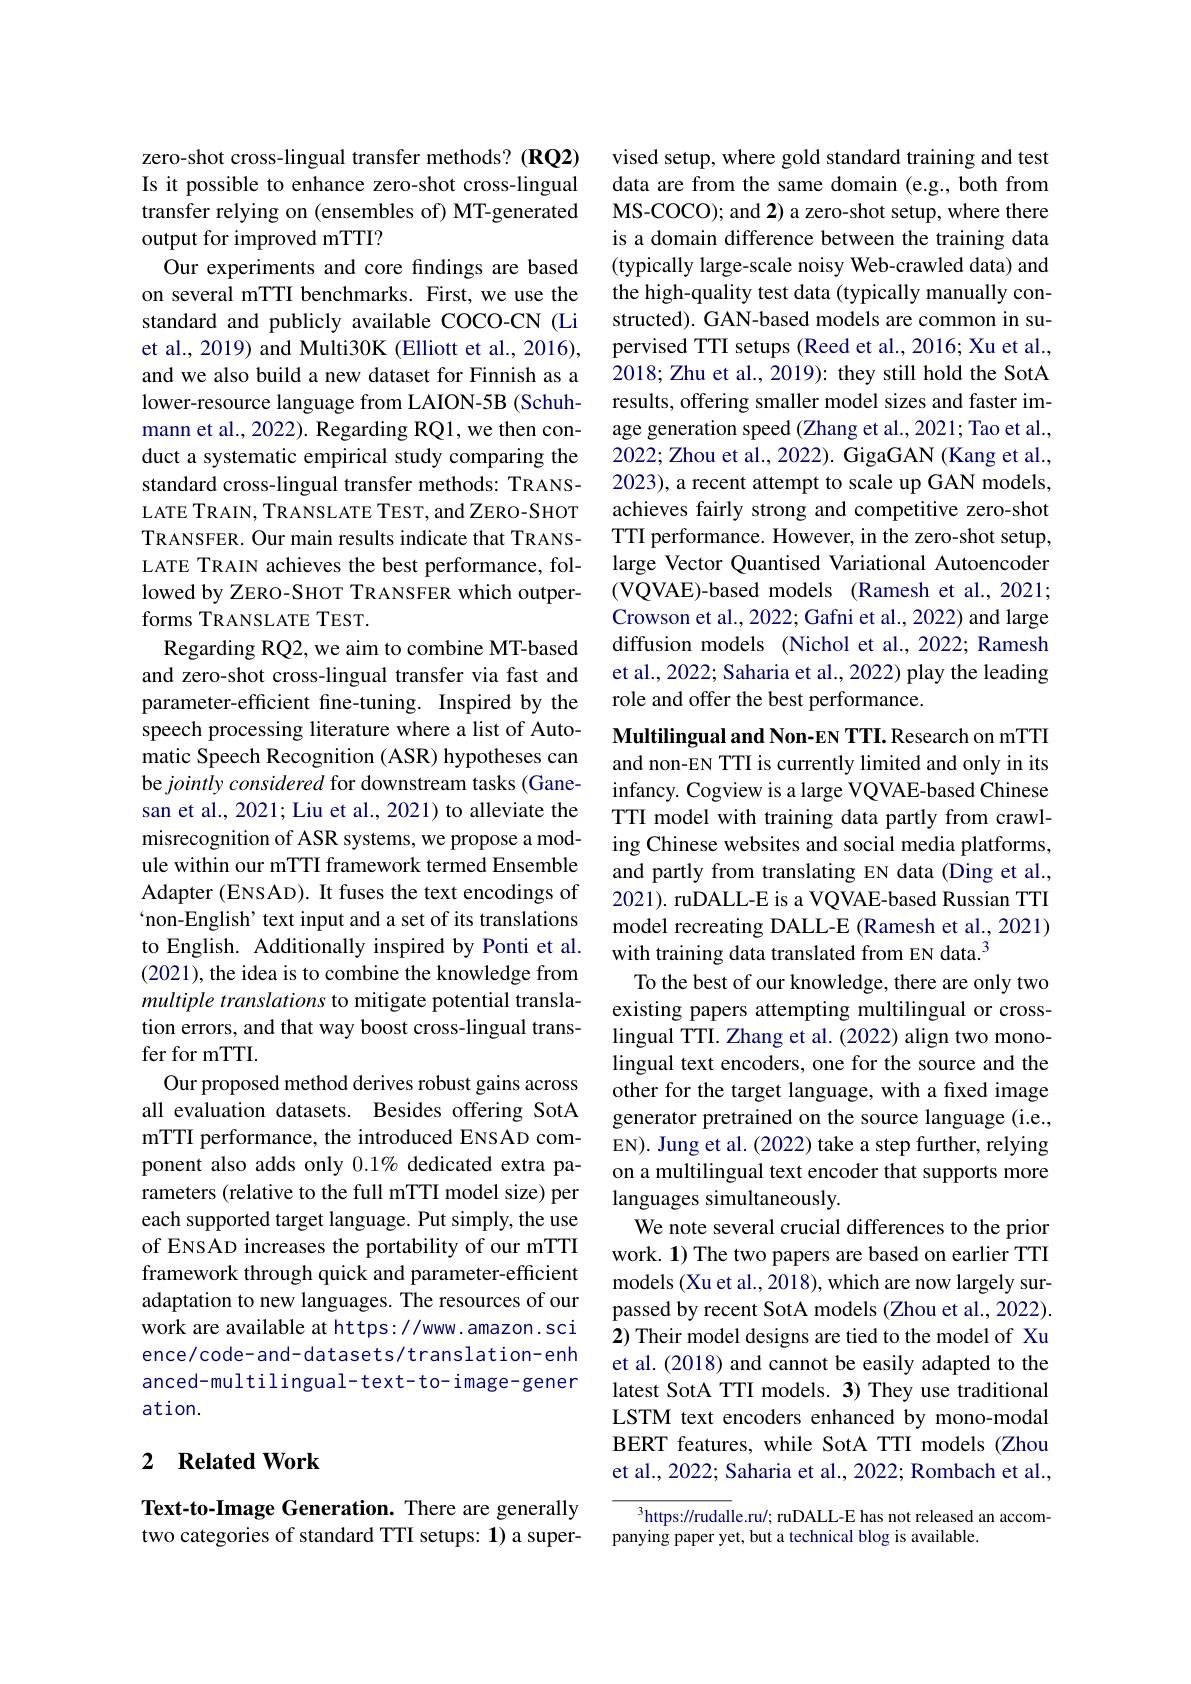
zero-shot cross-lingual transfer methods? (RQ2) Is it possible to enhance zero-shot cross-lingual transfer relying on (ensembles of) MT-generated# output for improved mTTI?

Our experiments and core findings are based on several mTTI benchmarks. First, we use the standard and publicly available COCO-CN (Li et al., 2019) and Multi30K (Elliott et al., 2016), and we also build a new dataset for Finnish as a lower-resource language from LAION-5B (Schuhmann et al., 2022). Regarding RQ1, we then conduct a systematic empirical study comparing the standard cross-lingual transfer methods: TRANSLATE TRAIN, TRANSLATE TEST, and ZERO-SHOT TRANSFER. Our main results indicate that TRANSLATE TRAIN achieves the best performance, followed by ZERO-SHOT TRANSFER which outperforms TRANSLATE TEST.
Regarding RQ2, we aim to combine MT-based and zero-shot cross-lingual transfer via fast and parameter-efficient fine-tuning. Inspired by the speech processing literature where a list of Automatic Speech Recognition (ASR) hypotheses can be $jointly\textit{considered for downstream tasks( Gane- ) }$ san et al., 2021; Liu et al., 2021) to alleviate the misrecognition of ASR systems, we propose a module within our mTTI framework termed Ensemble Adapter (ENSAD). It fuses the text encodings of `non-English' text input and a set of its translations to English. Additionally inspired by Ponti et al. (2021), the idea is to combine the knowledge from multiple translations to mitigate potential translation errors, and that way boost cross-lingual transfer for mTTI.
Our proposed method derives robust gains across all evaluation datasets. Besides offering SotA mTTI performance, the introduced ENSAD component also adds only 0.1% dedicated extra parameters (relative to the full mTTI model size) per each supported target language. Put simply, the use of ENSAD increases the portability of our mTTI framework through quick and parameter-efficient adaptation to new languages. The resources of our work are available at https://www.amazon.sci ence/ code- and- da tasets/ translation- enh anced-multilingual-text-to-image-gener ation.

## 2 $\textbf{Related Work}$

Text-to-Image Generation. There are generally two categories of standard TTI setups: 1) a super-

vised setup, where gold standard training and test data are from the same domain (e.g., both from MS-COCO); and 2) a zero-shot setup, where there is a domain difference between the training data (typically large-scale noisy Web-crawled data) and the high-quality test data (typically manually constructed). GAN-based models are common in supervised TTI setups (Reed et al., 2016; Xu et al., 2018; Zhu et al., 2019): they still hold the SotA results, offering smaller model sizes and faster image generation speed (Zhang et al., 2021; Tao et al., 2022; Zhou et al., 2022). GigaGAN (Kang et al., 2023), a recent attempt to scale up GAN models, achieves fairly strong and competitive zero-shot TTI performance. However, in the zero-shot setup, large Vector Quantised Variational Autoencoder (VQVAE)-based models (Ramesh et al., 2021; Crowson et al., 2022; Gafni et al., 2022) and large diffusion models (Nichol et al., 2022; Ramesh et al., 2022; Saharia et al., 2022) play the leading role and offer the best performance.

Multilingual and Non-EN TTI. Research on mTTI and non-EN TTI is currently limited and only in its infancy. Cogview is a large VQVAE-based Chinese TTI model with training data partly from crawling Chinese websites and social media platforms, and partly from translating EN data (Ding et al., 2021). ruDALL-E is a VQVAE-based Russian TTI model recreating DALL-E (Ramesh et al., 2021) with training data translated from EN data.$^{3}$
To the best of our knowledge, there are only two existing papers attempting multilingual or crosslingual TTI. Zhang et al. (2022) align two monolingual text encoders, one for the source and the other for the target language, with a fixed image generator pretrained on the source language (i.e., EN). Jung et al. (2022) take a step further, relying on a multilingual text encoder that supports more languages simultaneously.
We note several crucial differences to the prior work. 1) The two papers are based on earlier TTI models (Xu et al., 2018), which are now largely surpassed by recent SotA models (Zhou et al., 2022). 2) Their model designs are tied to the model of Xu et al. (2018) and cannot be easily adapted to the latest SotA TTI models. 3) They use traditional LSTM text encoders enhanced by mono-modal BERT features, while SotA TTI models(Zhou et al., 2022; Saharia et al., 2022; Rombach et al.,

$^3$https://rudalle.ru/; ruDALL-E has not released an accom-
panying paper yet, but a technical blog is available.